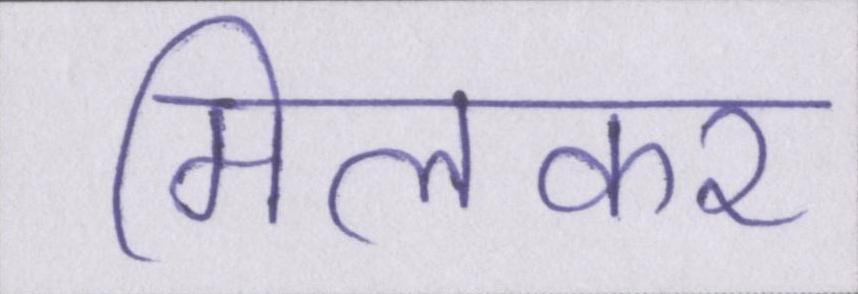
मिलकर